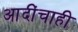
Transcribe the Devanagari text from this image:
आदींचाही